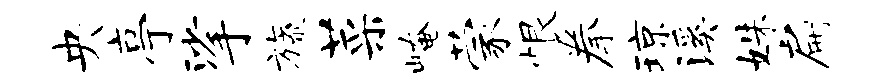
央亭挲旒菜崦蒙恨拳琼溪姝扁